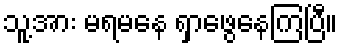
သူ့အား မရမနေ ရှာဖွေနေကြပြီ။